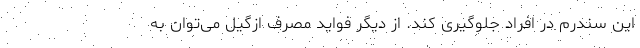
این سندرم در افراد جلوگیری کند. از دیگر فواید مصرف ازگیل می‌توان به